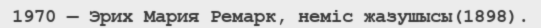
1970 — Эрих Мария Ремарк, неміс жазушысы(1898).